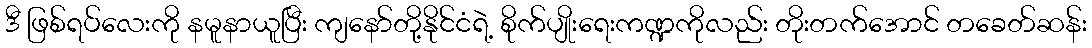
ဒီ ဖြစ်ရပ်လေးကို နမူနာယူပြီး ကျနော်တို့နိုင်ငံရဲ့ စိုက်ပျိုးရေးကဏ္ဍကိုလည်း တိုးတက်အောင် တခေတ်ဆန်း